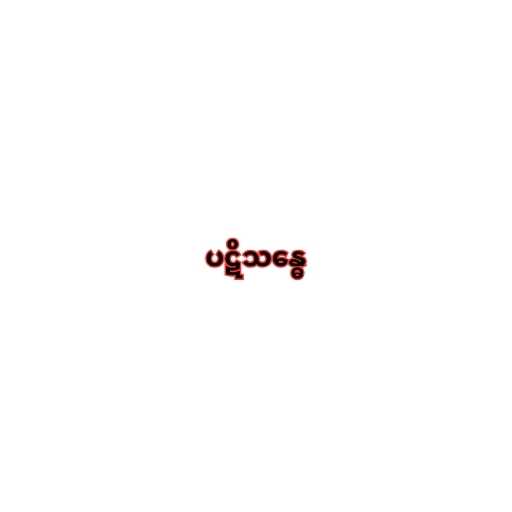
ပဋိသန္ဓေ